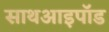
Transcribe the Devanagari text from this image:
साथआइपॉड